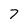
Character: 7